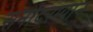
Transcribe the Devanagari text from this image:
सनांदरम्यान